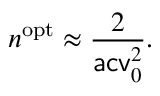
n ^ { \mathrm { o p t } } \approx \frac { 2 } { \mathsf { a c v } _ { 0 } ^ { 2 } } .